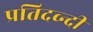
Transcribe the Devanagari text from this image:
प्रतिदव्न्दी